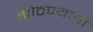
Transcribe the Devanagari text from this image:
गोठण्याची